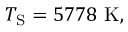
T _ { \mathrm { { S } } } = 5 7 7 8 \ \mathrm { K } ,